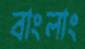
বাংলাং